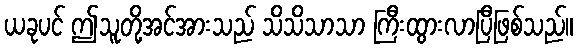
ယခုပင် ဤသူတို့အင်အားသည် သိသိသာသာ ကြီးထွားလာပြီဖြစ်သည်။